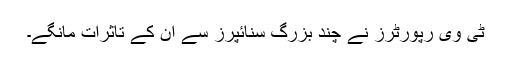
ٹی وی رپورٹرز نے چند بزرگ سنائپرز سے ان کے تاثرات مانگے۔